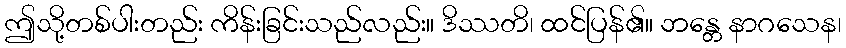
ဤသို့တစ်ပါးတည်း ကိန်းခြင်းသည်လည်း။ ဒိဿတိ၊ ထင်ပြန်၏။ ဘန္တေ နာဂသေန၊